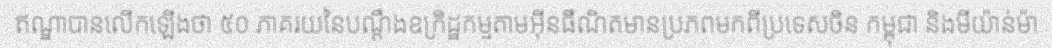
ឥណ្ឌាបានលើកឡើងថា ៥០ ភាគរយនៃបណ្តឹងឧក្រិដ្ឋកម្មតាមអ៊ីនធឺណិតមានប្រភពមកពីប្រទេសចិន កម្ពុជា និងមីយ៉ាន់ម៉ា